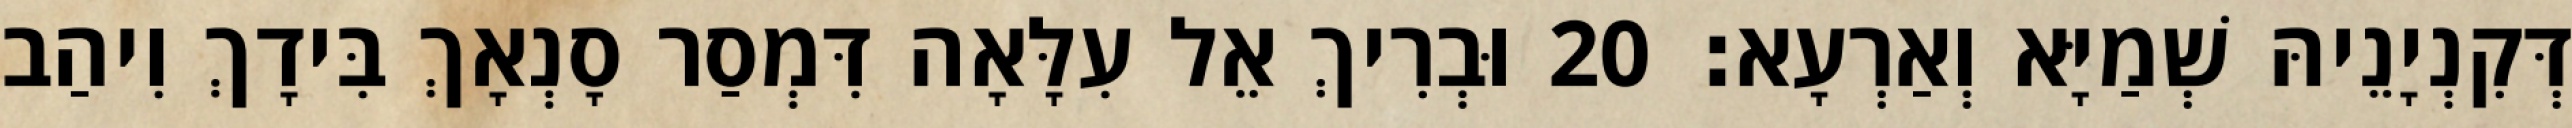
דְּקִנְיָנֵיהּ שְׁמַיָּא וְאַרְעָא׃ 20 וּבְרִיךְ אֵל עִלָּאָה דִּמְסַר סָנְאָךְ בִּידָךְ וִיהַב